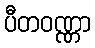
ပီတဝဏ္ဏာ